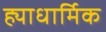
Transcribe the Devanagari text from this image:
ह्याधार्मिक